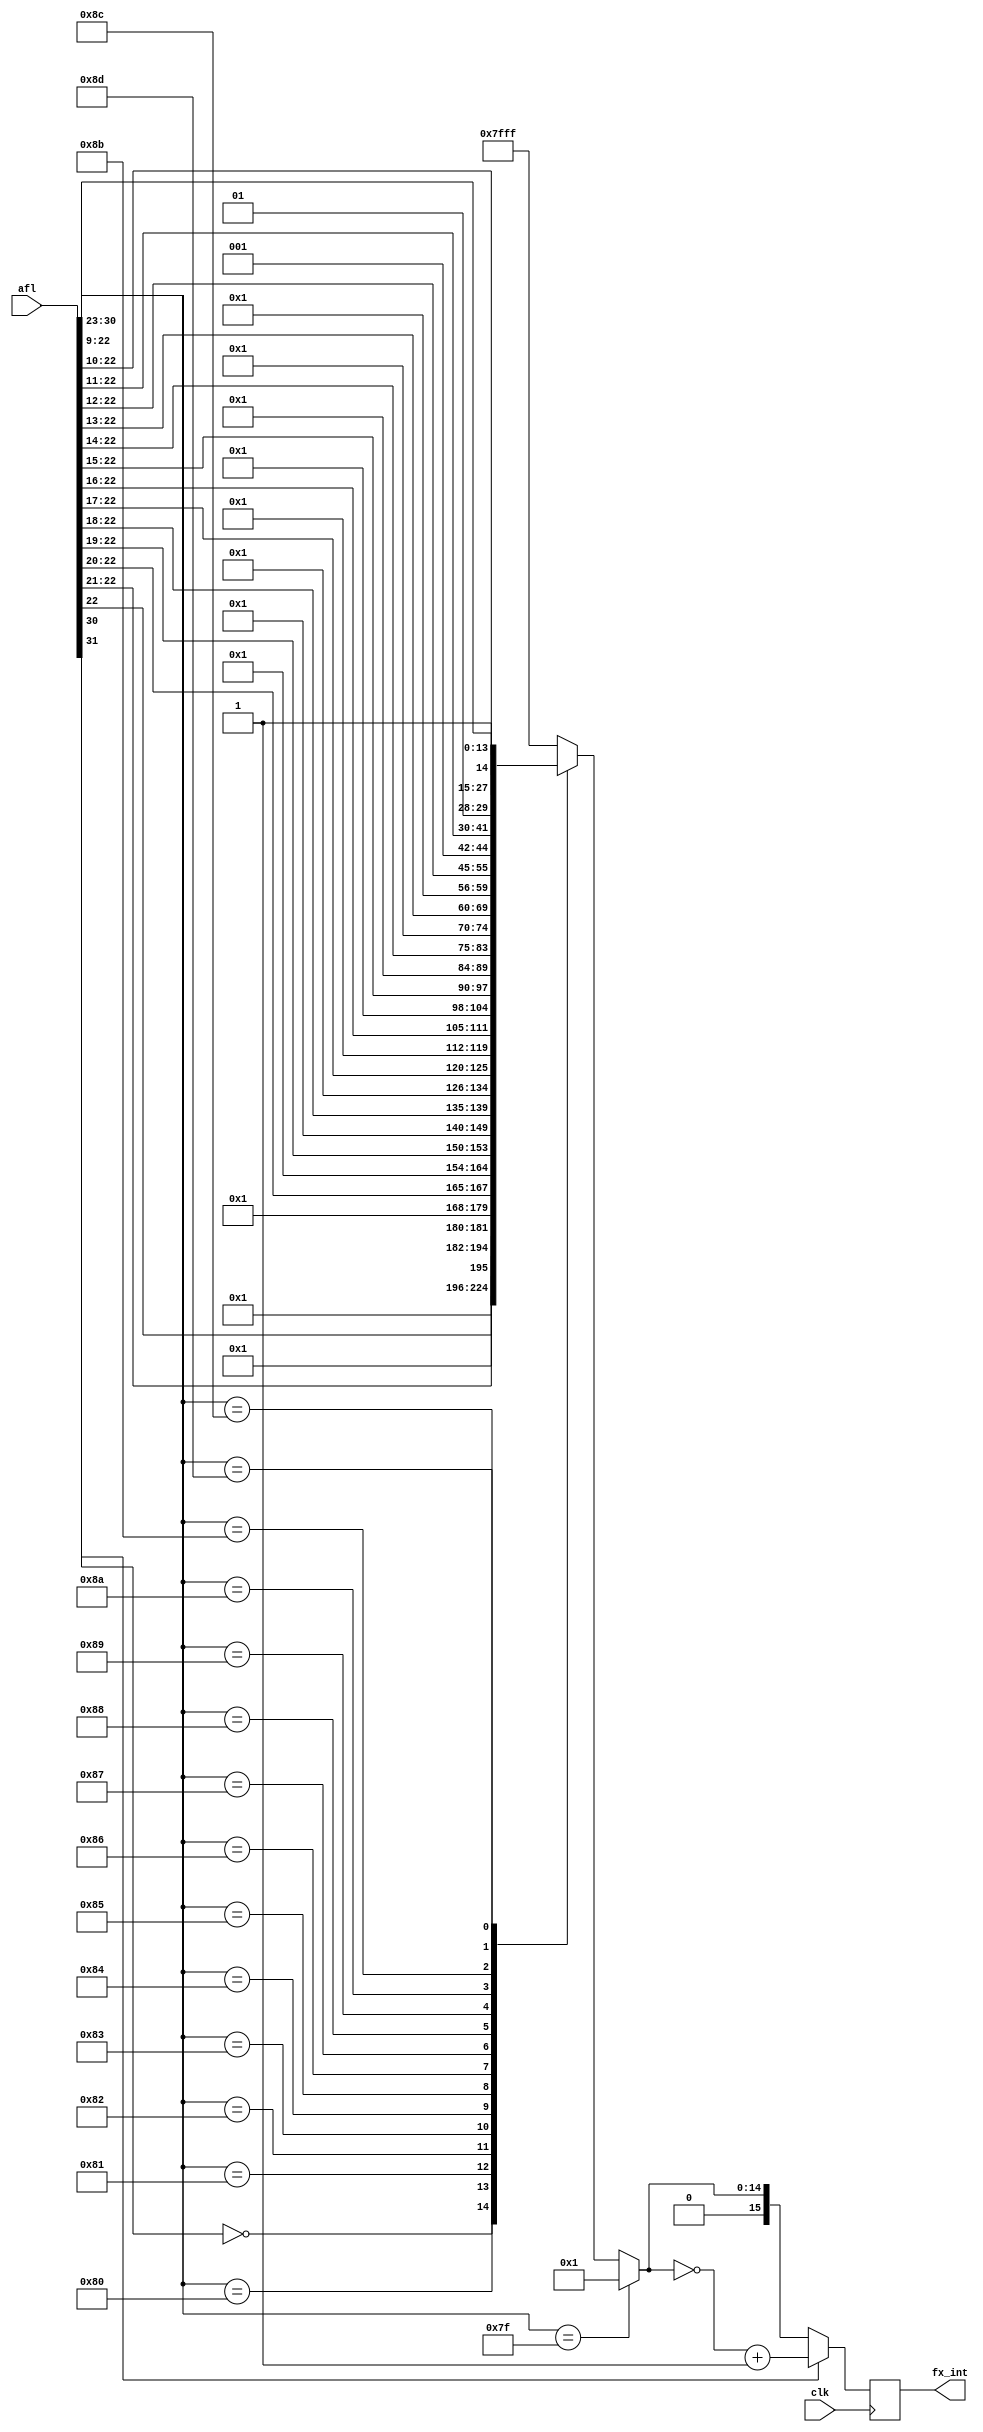
module flt2int
  (
   input 	     clk,
   input [31:0]      afl,
   output reg [15:0] fx_int
   );
  reg [14:0] 	     int_out;
  always @* begin
    if(afl[30:23] == 8'h7f) int_out = 16'h1;		
    else begin
      casex(afl[30:23])
	8'b0xxx_xxxx: int_out = 15'h0;			
	8'b1000_0000: int_out = {14'h1, afl[22]};	
	8'b1000_0001: int_out = {13'h1, afl[22:21]};	
	8'b1000_0010: int_out = {12'h1, afl[22:20]};	
	8'b1000_0011: int_out = {11'h1, afl[22:19]};	
	8'b1000_0100: int_out = {10'h1, afl[22:18]};	
	8'b1000_0101: int_out =  {9'h1, afl[22:17]};	
	8'b1000_0110: int_out =  {8'h1, afl[22:16]};	
	8'b1000_0111: int_out =  {7'h1, afl[22:15]};	
	8'b1000_1000: int_out =  {6'h1, afl[22:14]};	
	8'b1000_1001: int_out =  {5'h1, afl[22:13]};	
	8'b1000_1010: int_out =  {4'h1, afl[22:12]};	
	8'b1000_1011: int_out =  {3'h1, afl[22:11]};	
	8'b1000_1100: int_out =  {2'h1, afl[22:10]};	
	8'b1000_1101: int_out =  {1'h1, afl[22: 9]};	
	default:      int_out = 15'h7fff;		
      endcase
    end
  end
  always @(posedge clk) begin
    if(afl[31]) fx_int <= ~int_out + 16'h1;
    else        fx_int <=  {1'b0, int_out};
  end
endmodule